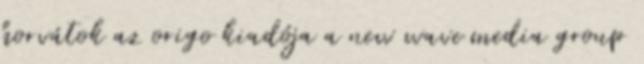
horvátok az origo kiadója a new wave media group